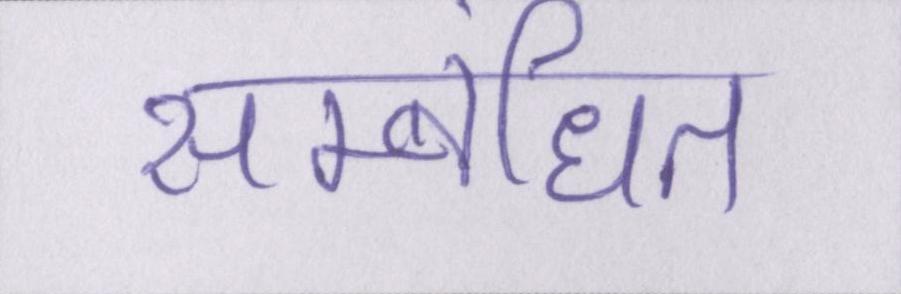
सम्बंधित